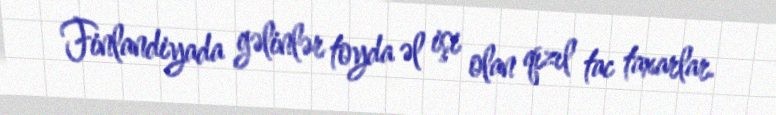
Finlandiyada gəlinlər toyda əl işi olan qızıl tac taxarlar.